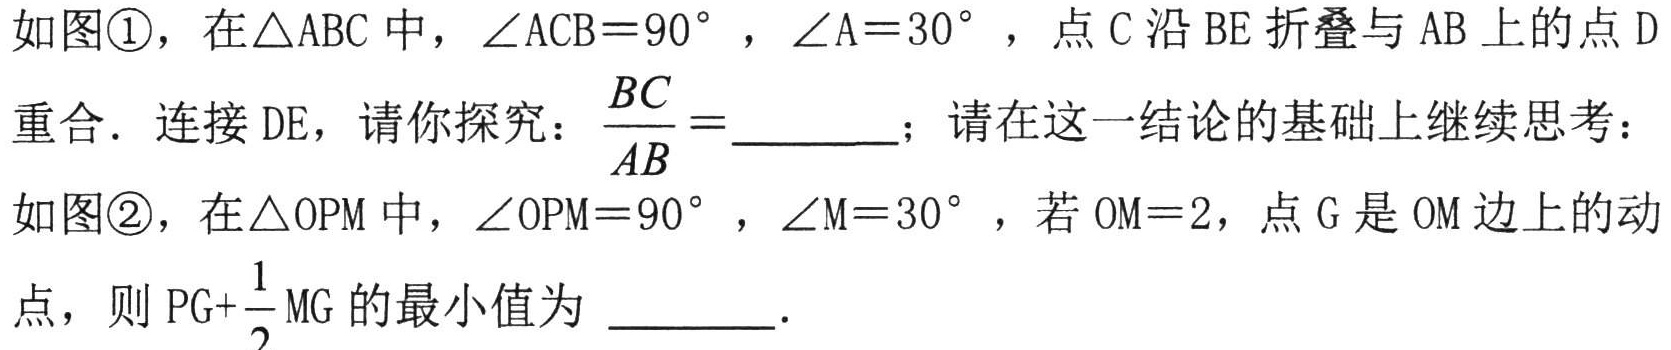
\(\frac{1}{2}\)；\(\frac{\sqrt{3}}{2}\)